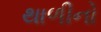
થાળીનો